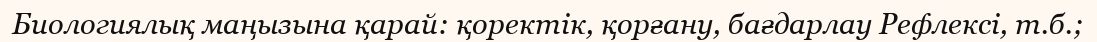
Биологиялық маңызына қарай: қоректік, қорғану, бағдарлау Рефлексі, т.б.;